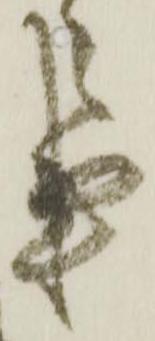
事